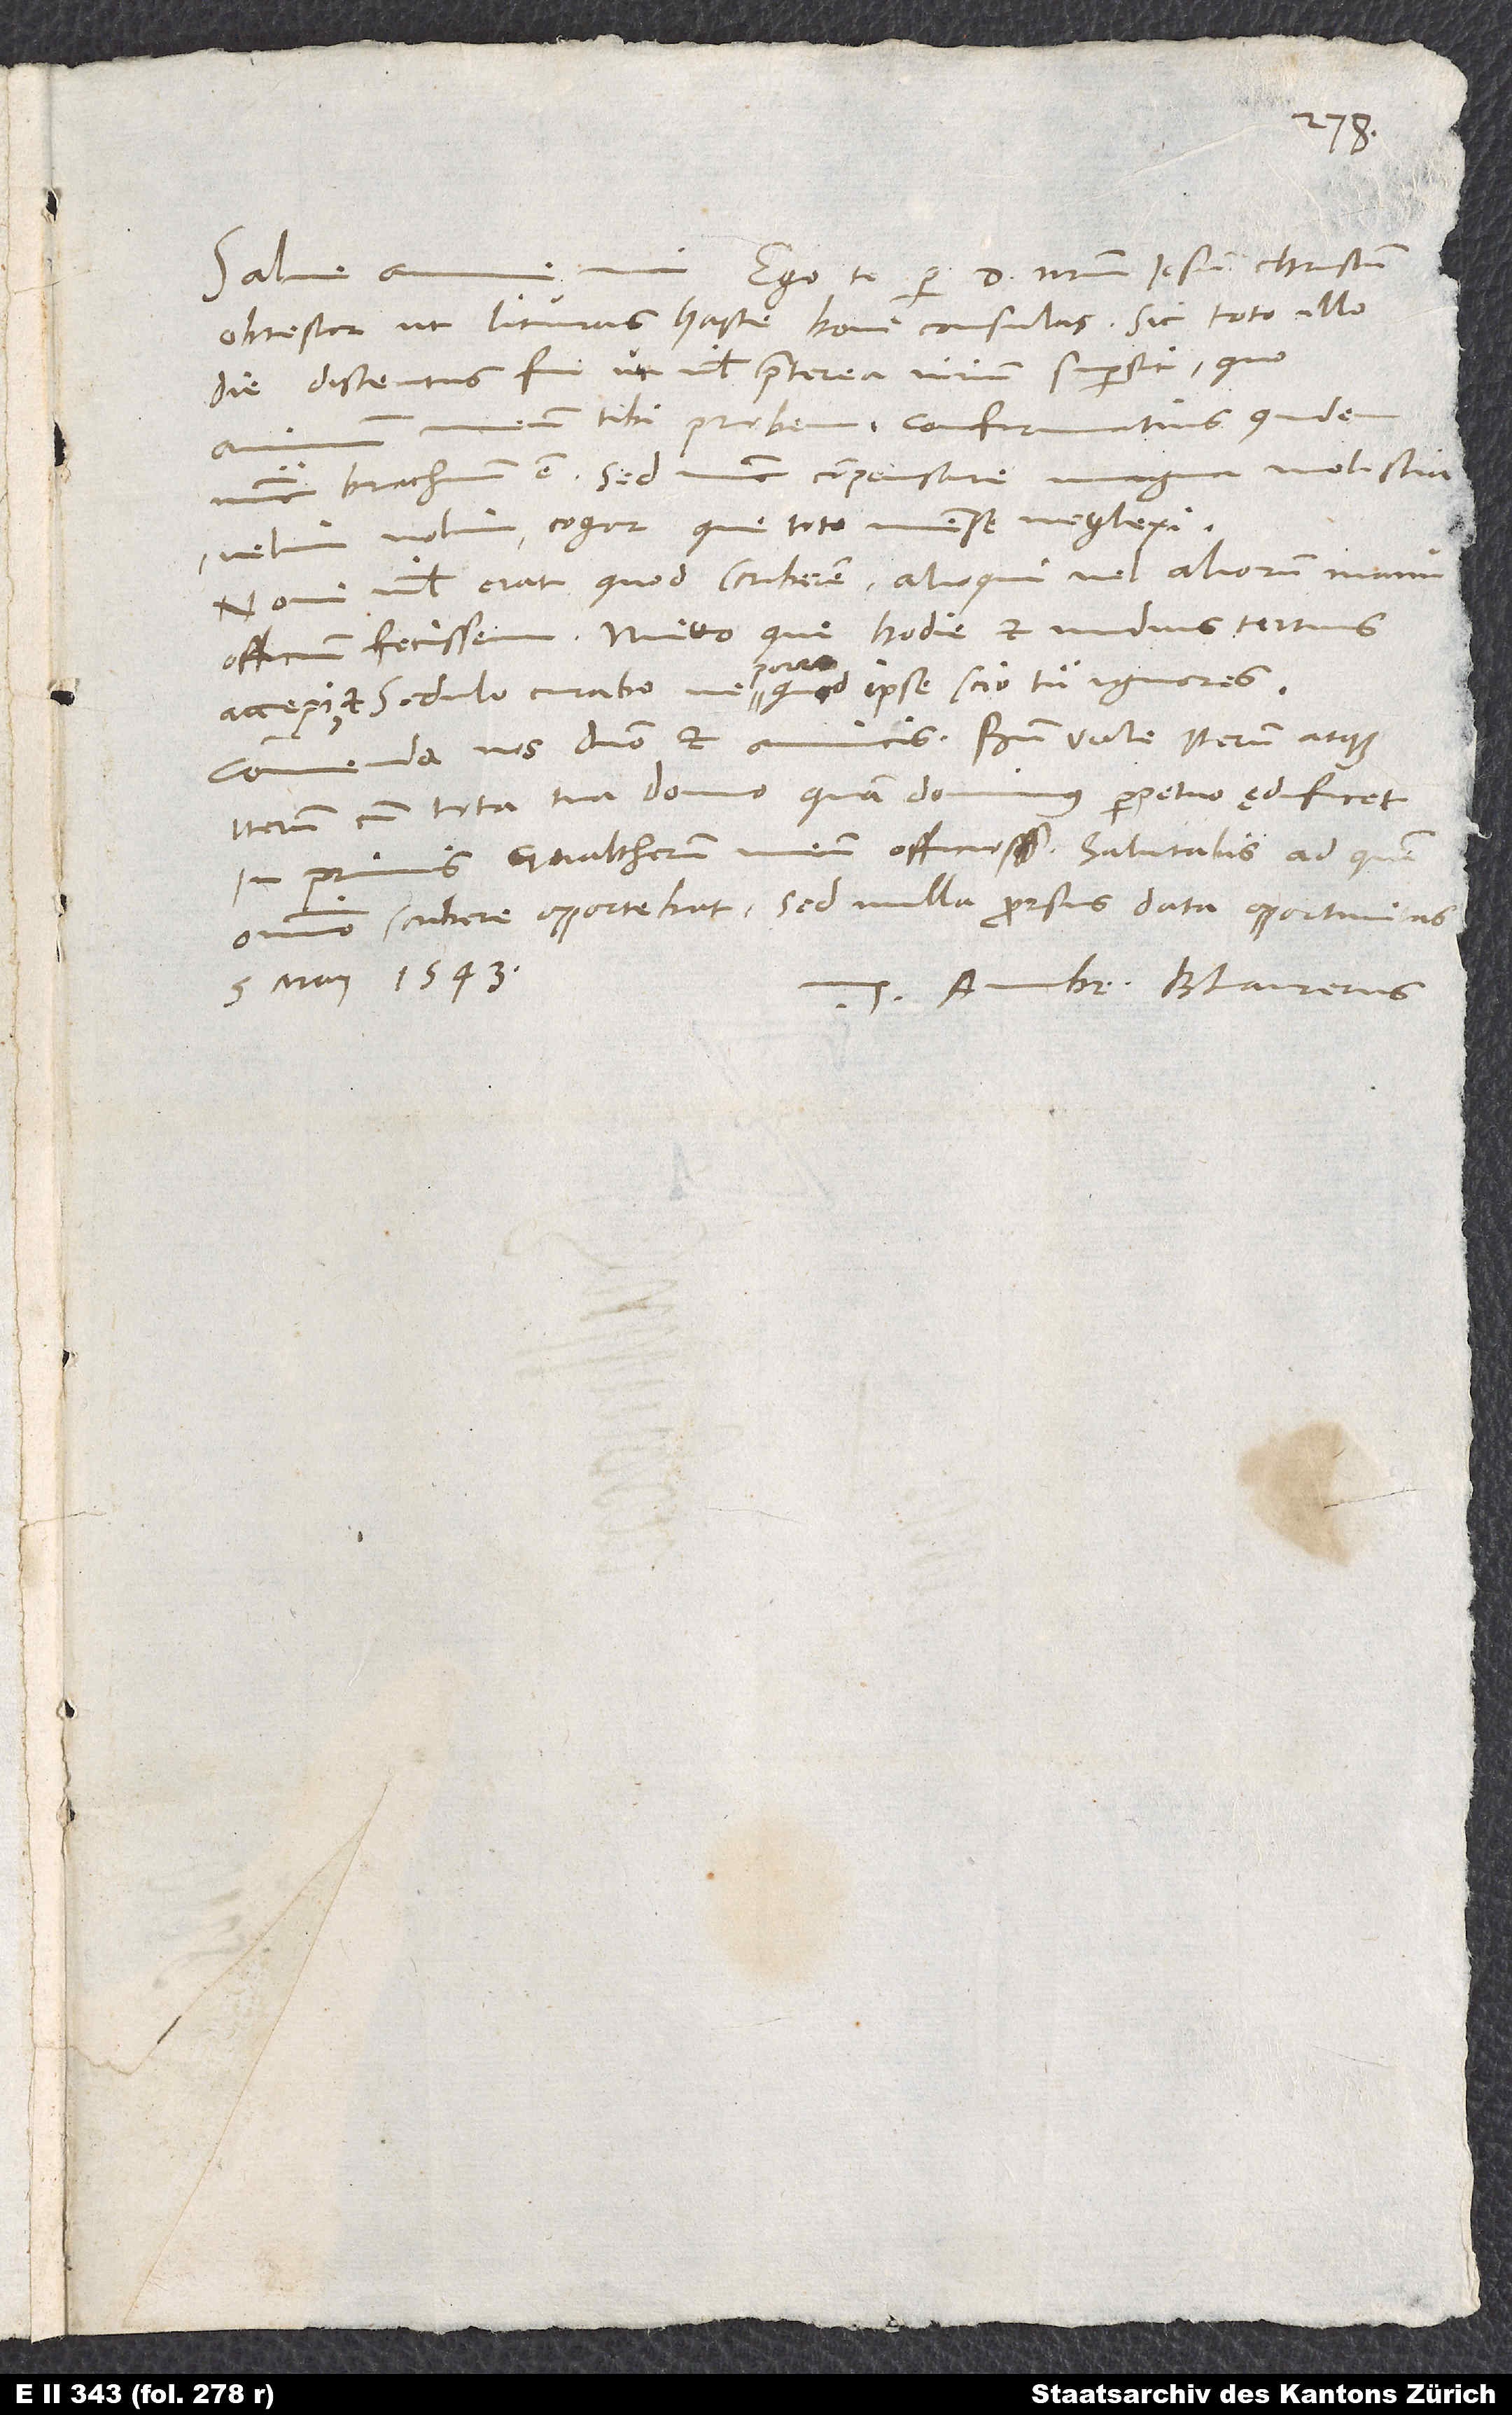
Ego te per dominum nostrum Iesum Christum
Salve, anime
obtestor, ut literas hasce boni consulas. Sic toto illo
die distentus fui, ut nihil praeterea virium supersit, quo
meum tibi probem. Confirmatius quidem
animum
molestia,
nunc brachium est. Sed nunc compensare
velim nolim, cogor, que toto mense neglexi.
Novi nihil erat, quod scriberem; alioqui vel aliorum manu
officium fecissem. Mitto, que hodie et nudius tertius
accepi, et sedulo curabo, ne porro, quod ipse scio, tu ignores.
Commenda nos domino et amicis. Bene vale iterum atque
perpetuo ędificet.
iterum cum tota tua domo, quam dominus
In primis Gvaltherum meum officiosissime salutabis, ad quem
omnino scribere opportebat; sed nulla prorsus data opportunitas.
5. maii 1543.
Tuus Ambr. Blaurerus.